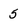
Character: 5